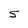
Character: 5